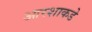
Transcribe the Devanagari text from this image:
आरशाकडे